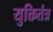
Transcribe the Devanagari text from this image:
युक्तितंत्र